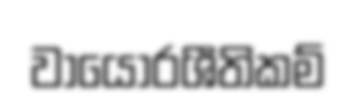
වායොරශීතිකම්